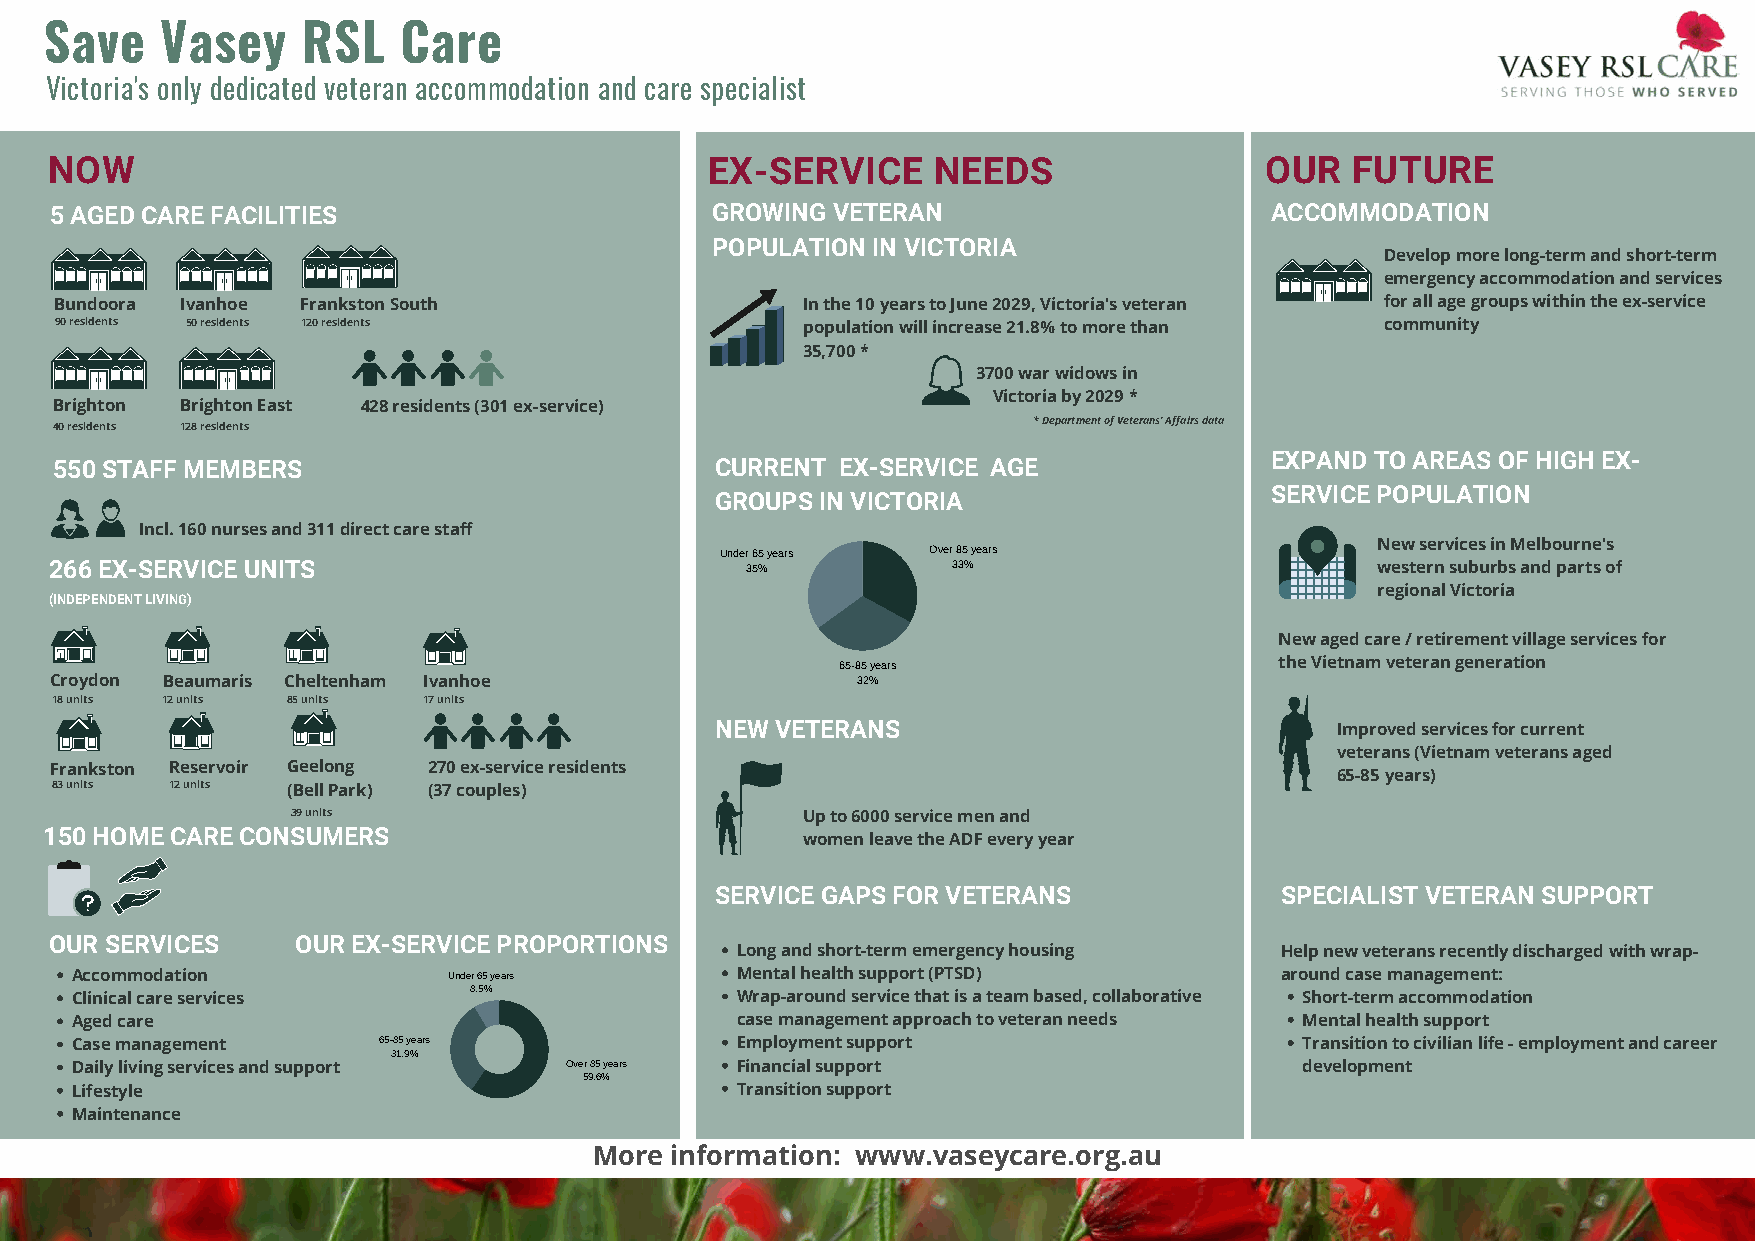
Save    Vasey    RSL   Care
 Victoria's only dedicated veteran accommodation and care specialist
 NOW                                         EX-SERVICE     NEEDS                 OUR  FUTURE
 5 AGED CARE FACILITIES                      GROWING VETERAN                      ACCOMMODATION
 POPULATION IN VICTORIA
 Develop more long-term and short-term
 emergency accommodation and services
 Bundoora Ivanhoe Frankston South                 In the 10 years to June 2029, Victoria's veteran for all age groups within the ex-service
 90 residents 50 residents 120 residents          population will increase 21.8% to more than community
 35,700 *
 3700 war widows in
 Victoria by 2029 *
 Brighton Brighton East 428 residents (301 ex-service)
 40 residents 128 residents                                      * Department of Veterans' Affairs data
 EXPAND TO AREAS OF HIGH EX-
 550 STAFF MEMBERS                          CURRENT  EX-SERVICE AGE
 SERVICE POPULATION
 GROUPS IN VICTORIA
 Incl. 160 nurses and 311 direct care staff
 New services in Melbourne's
 Under 65 years Over 85 years
 266 EX-SERVICE UNITS                          35%           33%                         western suburbs and parts of
 regional Victoria
 (INDEPENDENT LIVING)
 New aged care / retirement village services for
 65-85 years                  the Vietnam veteran generation
 Croydon Beaumaris Cheltenham Ivanhoe                  32%
 18 units 12 units 85 units 17 units
 NEW VETERANS                             Improved services for current
 veterans (Vietnam veterans aged
 Frankston Reservoir Geelong 270 ex-service residents
 65-85 years)
 83 units 12 units (Bell Park) (37 couples)
 39 units                          Up to 6000 service men and
 150 HOME CARE CONSUMERS
 women leave the ADF every year
 SERVICE GAPS FOR VETERANS             SPECIALIST VETERAN SUPPORT
 OUR SERVICES     OUR EX-SERVICE PROPORTIONS
 Long and short-term emergency housing Help new veterans recently discharged with wrap-
 Accommodation            Under 65 years     Mental health support (PTSD)        around case management:
 Clinical care services    8.5%              Wrap-around service that is a team based, collaborative Short-term accommodation
 Aged care                                   case management approach to veteran needs Mental health support
 Case management     65-85 years             Employment support                   Transition to civilian life - employment and career
 31.9%
 Daily living services and support Over 85 years Financial support                development
 59.6%
 Lifestyle                                   Transition support
 Maintenance
 More information: www.vaseycare.org.au